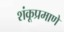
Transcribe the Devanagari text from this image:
शंकूप्रमाणे